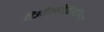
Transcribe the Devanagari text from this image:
डिऑक्सीऐडेनोसिन